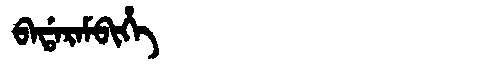
Manchu: ᠪᠠᡩᠠᡵᠠᠮᠪᡳᡥᡝ
Romanization: BADARAMBIHE